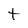
Character: t